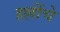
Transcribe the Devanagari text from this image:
हल्लींचे